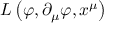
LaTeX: L \left( { \boldsymbol { \varphi } } , \partial _ { \mu } { \boldsymbol { \varphi } } , x ^ { \mu } \right)